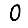
Digit: 0